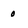
Character: 0